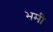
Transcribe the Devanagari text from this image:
भमी